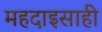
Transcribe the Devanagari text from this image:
महदाइसाही